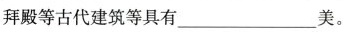
拜殿等古代建筑等具有___美。